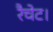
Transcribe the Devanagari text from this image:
रैचेट।